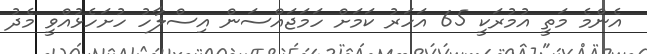
އެންމެ މަތީ އުމުރަކީ 65 އަހަރު ކަމަށް ހަމަޖައްސަން އިސްލާހު ހުށަހެޅުއްވީ މެދު